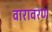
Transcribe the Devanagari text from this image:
वारावरण